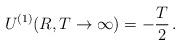
LaTeX: \begin{align*}U^{(1)}(R, T\to \infty)= - \frac{T}{2}\,{.}\end{align*}